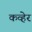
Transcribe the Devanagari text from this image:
कव्हेर